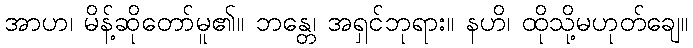
အာဟ၊ မိန့်ဆိုတော်မူ၏။ ဘန္တေ၊ အရှင်ဘုရား။ နဟိ၊ ထိုသို့မဟုတ်ချေ။